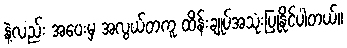
နဲ့လည်း အဝေးမှ အလွယ်တကူ ထိန်းချုပ်အသုံးပြုနိုင်ပါတယ်။